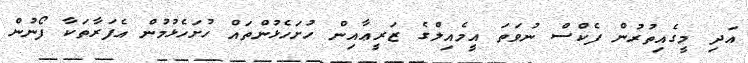
އަދި މީގެއިތުރުން ފެކްސް ނުވަތަ އީމެއިލްގެ ޒަރީޢާއިން ހުށަހެޅުންތައް ހުށަހެޅުމުން އެފަރާތަކާ ފޯނުން